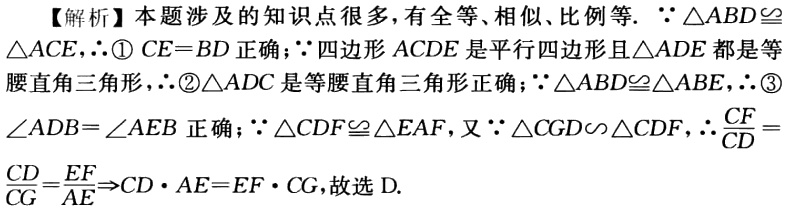
【解析】本题涉及的知识点很多，有全等、相似、比例等. $\because \triangle ABD\cong$
$\triangle ACE,\therefore$\textcircled{1} $CE = BD$ 正确；$\because$四边形 $ACDE$ 是平行四边形且$\triangle ADE$都是等
腰直角三角形，$\therefore$\textcircled{2}$\triangle ADC$是等腰直角三角形正确；$\because \triangle ABD\cong \triangle ABE,\therefore$\textcircled{3}
$\angle ADB=\angle AEB$ 正确；$\because \triangle CDF\cong \triangle EAF$，又$\because \triangle CGD\backsim \triangle CDF$，$\therefore \frac{CF}{CD} =$
$\frac{CD}{CG}=\frac{EF}{AE}\Rightarrow CD\cdot AE = EF\cdot CG$，故选 D.